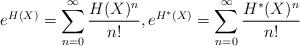
LaTeX: \begin{align*}e^{H(X)}=\sum_{n=0}^\infty \frac{H(X)^n}{n!},e^{H^\ast(X)}=\sum_{n=0}^\infty \frac{H^\ast(X)^n}{n!}\end{align*}